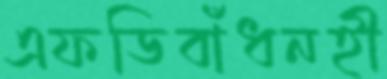
এফডিবাঁধনহী